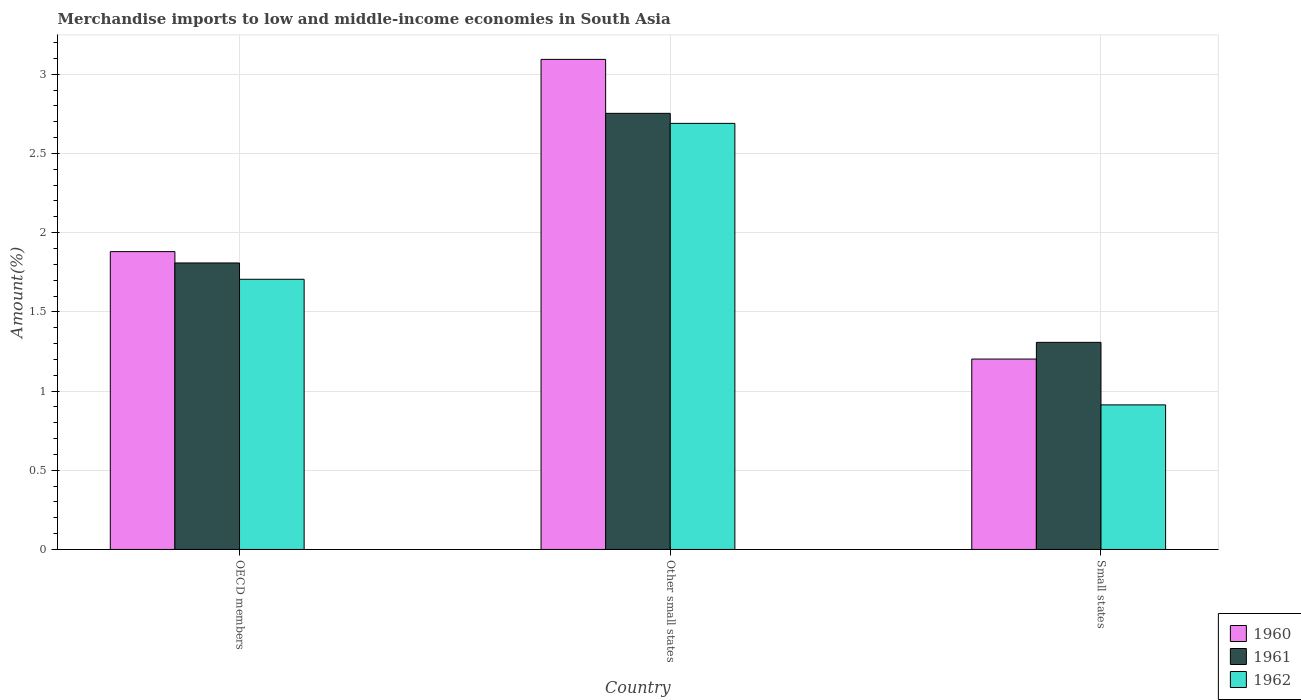
| Country | 1960 | 1961 | 1962 |
 | --- | --- | --- | --- |
 | OECD members | 1.88 | 1.81 | 1.71 |
 | Other small states | 3.09 | 2.75 | 2.69 |
 | Small states | 1.2 | 1.31 | 0.913 |